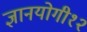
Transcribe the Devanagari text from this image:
ज्ञानयोगी१२